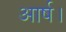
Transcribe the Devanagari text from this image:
आर्ष।